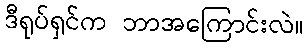
ဒီရုပ်ရှင်က ဘာအကြောင်းလဲ။